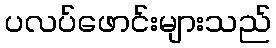
ပလပ်ဖောင်းများသည်